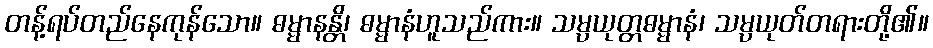
တန့်ရပ်တည်နေကုန်သော။ ဓမ္မာနန္တိ၊ ဓမ္မာနံဟူသည်ကား။ သမ္ပယုတ္တဓမ္မာနံ၊ သမ္ပယုတ်တရားတို့၏။